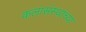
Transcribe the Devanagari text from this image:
कलासंस्थांच्या